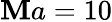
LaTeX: \mathbf{M}a=10